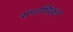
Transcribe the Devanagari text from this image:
संपार्श्विकृत